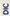
DIC